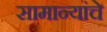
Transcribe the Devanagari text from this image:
सामान्यांचे